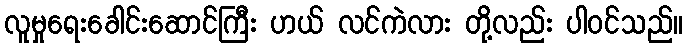
လူမှုရေးခေါင်းဆောင်ကြီး ဟယ် လင်ကဲလား တို့လည်း ပါဝင်သည်။